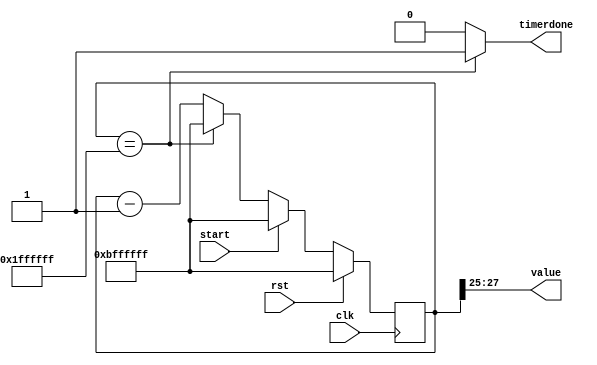
/*
   This file was generated automatically by the Mojo IDE version B1.2.6.
   Do not edit this file directly. Instead edit the original Lucid source.
   This is a temporary file and any changes made to it will be destroyed.
*/

/*
   Parameters:
     SIZE = 3
     DIV = 25
     BOTTOM = 0
     UP = 0
*/
module countdowntimer_52 (
    input clk,
    input rst,
    input start,
    output reg timerdone,
    output reg [2:0] value
  );
  
  localparam SIZE = 2'h3;
  localparam DIV = 5'h19;
  localparam BOTTOM = 1'h0;
  localparam UP = 1'h0;
  
  
  reg [27:0] M_ctr_d, M_ctr_q = 28'hbffffff;
  
  localparam MIN_VALUE = 26'h1ffffff;
  
  always @* begin
    M_ctr_d = M_ctr_q;
    
    timerdone = 1'h0;
    value = M_ctr_q[25+2-:3];
    if (1'h1) begin
      M_ctr_d = M_ctr_q - 1'h1;
      if (M_ctr_q == 26'h1ffffff) begin
        M_ctr_d = 28'hbffffff;
        timerdone = 1'h1;
      end
    end
    if (start) begin
      M_ctr_d = 28'hbffffff;
    end
  end
  
  always @(posedge clk) begin
    if (rst == 1'b1) begin
      M_ctr_q <= 28'hbffffff;
    end else begin
      M_ctr_q <= M_ctr_d;
    end
  end
  
endmodule